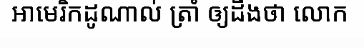
អាមេរិកដូណាល់ ត្រាំ ឲ្យដឹងថា លោក